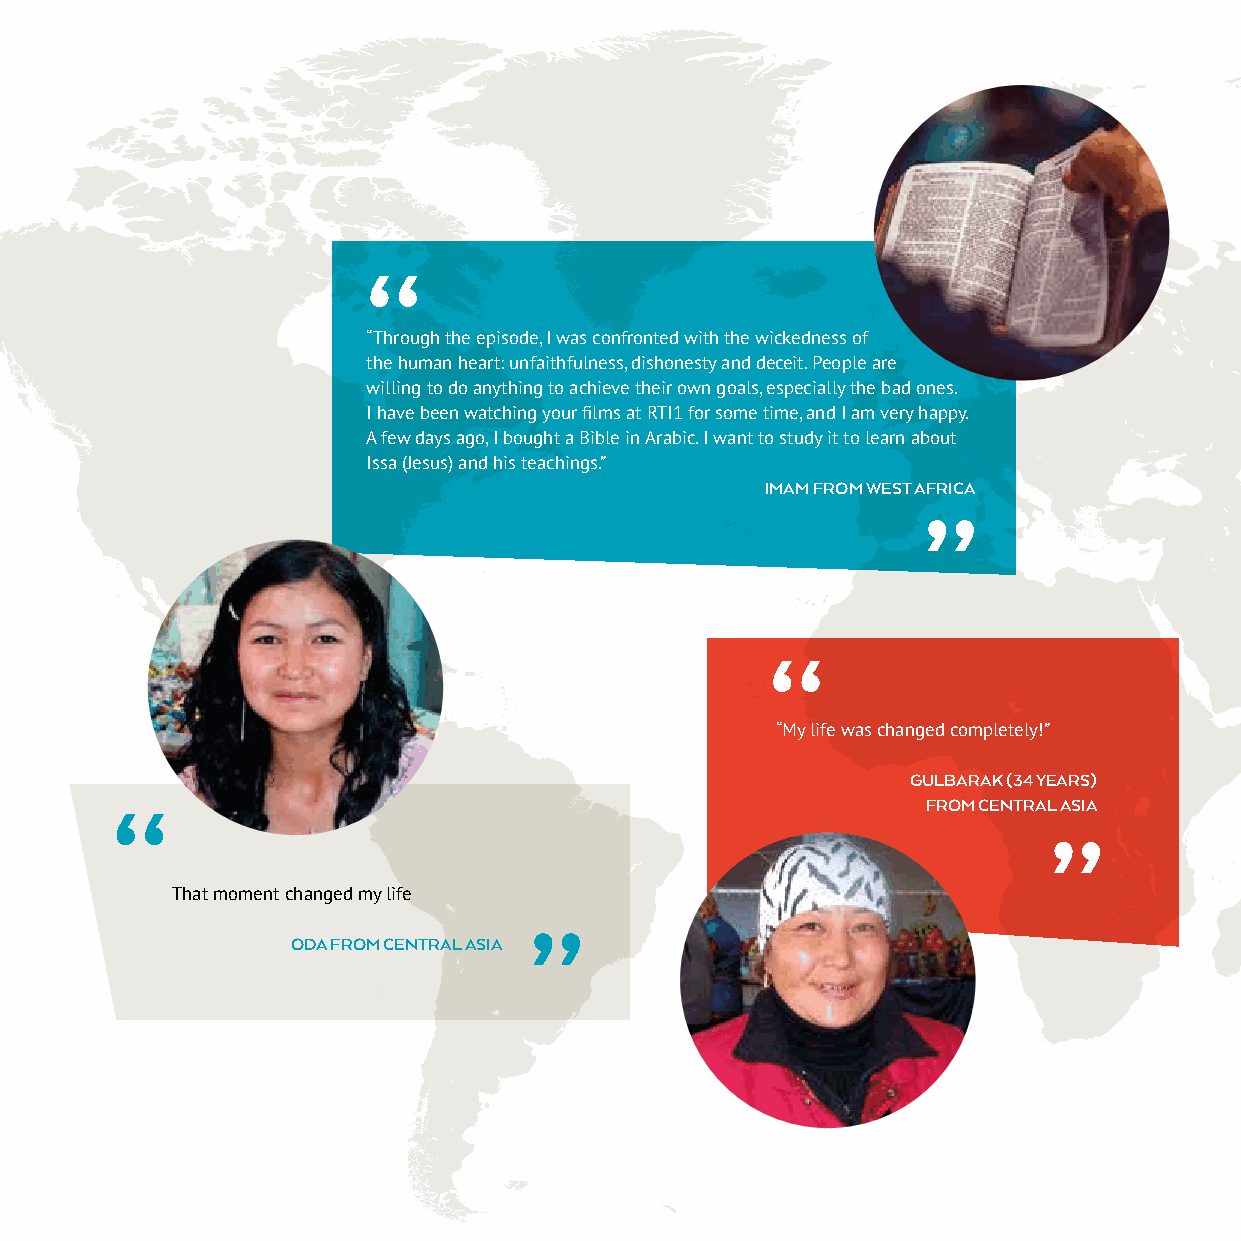
“
 “Through the episode, I was confronted with the wickedness of
 the human heart: unfaithfulness, dishonesty and deceit. People are
 willing to do anything to achieve their own goals, especially the bad ones.
 I have been watching your films at RTI1 for some time, and I am very happy.
 A few days ago, I bought a Bible in Arabic. I want to study it to learn about
 12                  Issa (Jesus) and his teachings.”
 IMAM FROM WEST AFRICA
 ”
 “
 “My life was changed completely!”
 GULBARAK (34 YEARS)
 “                                                     FROM CENTRAL ASIA
 ”
 That moment changed my life
 ”
 ODA FROM CENTRAL ASIA